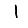
Digit: 1